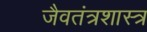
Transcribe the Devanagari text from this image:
जैवतंत्रशास्त्र